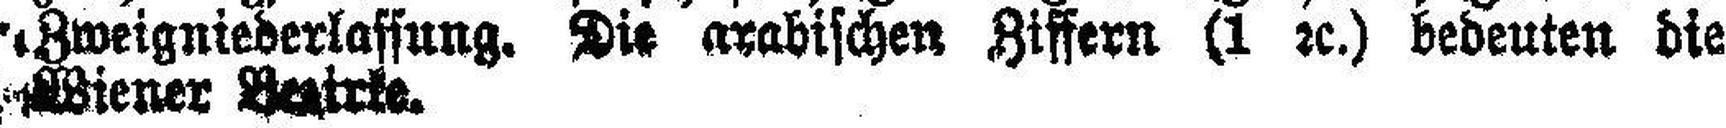
Zweigniederlassung. Die arabischen Ziffern (1 2c.) bedeuten die